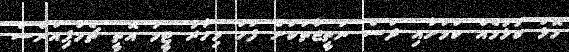
މޮޅު ކުޅުމެއް ކަމަށާއި ދަސް ނަތީޖާތަކަށް ފަހު މިހާރު ޓީމު އޮތީ ޗެމްޕިއަންސް